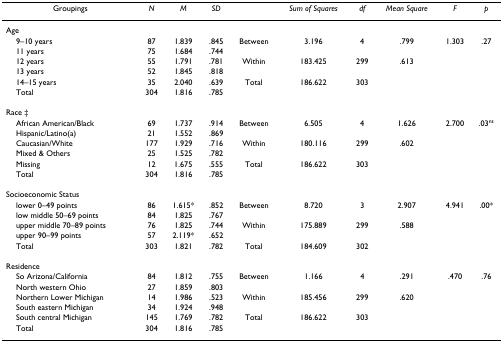
<table><thead><tr><td><b>Groupings</b></td><td><b><i>N</i></b></td><td><b><i>M</i></b></td><td><b><i>SD</i></b></td><td></td><td><b><i>Sum of Squares</i></b></td><td><b><i>df</i></b></td><td><b><i>Mean Square</i></b></td><td><b><i>F</i></b></td><td><b><i>p</i></b></td></tr></thead><tbody><tr><td>Age</td><td></td><td></td><td></td><td></td><td></td><td></td><td></td><td></td><td></td></tr><tr><td> 9–10 years</td><td>87</td><td>1.839</td><td>.845</td><td>Between</td><td>3.196</td><td>4</td><td>.799</td><td>1.303</td><td>.27</td></tr><tr><td> 11 years</td><td>75</td><td>1.684</td><td>.744</td><td></td><td></td><td></td><td></td><td></td><td></td></tr><tr><td> 12 years</td><td>55</td><td>1.791</td><td>.781</td><td>Within</td><td>183.425</td><td>299</td><td>.613</td><td></td><td></td></tr><tr><td> 13 years</td><td>52</td><td>1.845</td><td>.818</td><td></td><td></td><td></td><td></td><td></td><td></td></tr><tr><td> 14–15 years</td><td>35</td><td>2.040</td><td>.639</td><td>Total</td><td>186.622</td><td>303</td><td></td><td></td><td></td></tr><tr><td> Total</td><td>304</td><td>1.816</td><td>.785</td><td></td><td></td><td></td><td></td><td></td><td></td></tr><tr><td>Race ‡</td><td></td><td></td><td></td><td></td><td></td><td></td><td></td><td></td><td></td></tr><tr><td> African American/Black</td><td>69</td><td>1.737</td><td>.914</td><td>Between</td><td>6.505</td><td>4</td><td>1.626</td><td>2.700</td><td>.03<sup>ns</sup></td></tr><tr><td> Hispanic/Latino(a)</td><td>21</td><td>1.552</td><td>.869</td><td></td><td></td><td></td><td></td><td></td><td></td></tr><tr><td> Caucasian/White</td><td>177</td><td>1.929</td><td>.716</td><td>Within</td><td>180.116</td><td>299</td><td>.602</td><td></td><td></td></tr><tr><td> Mixed &amp; Others</td><td>25</td><td>1.525</td><td>.782</td><td></td><td></td><td></td><td></td><td></td><td></td></tr><tr><td> Missing</td><td>12</td><td>1.675</td><td>.555</td><td>Total</td><td>186.622</td><td>303</td><td></td><td></td><td></td></tr><tr><td> Total</td><td>304</td><td>1.816</td><td>.785</td><td></td><td></td><td></td><td></td><td></td><td></td></tr><tr><td>Socioeconomic Status</td><td></td><td></td><td></td><td></td><td></td><td></td><td></td><td></td><td></td></tr><tr><td> lower 0–49 points</td><td>86</td><td>1.615*</td><td>.852</td><td>Between</td><td>8.720</td><td>3</td><td>2.907</td><td>4.941</td><td>.00*</td></tr><tr><td> low middle 50–69 points</td><td>84</td><td>1.825</td><td>.767</td><td></td><td></td><td></td><td></td><td></td><td></td></tr><tr><td> upper middle 70–89 points</td><td>76</td><td>1.825</td><td>.744</td><td>Within</td><td>175.889</td><td>299</td><td>.588</td><td></td><td></td></tr><tr><td> upper 90–99 points</td><td>57</td><td>2.119*</td><td>.652</td><td></td><td></td><td></td><td></td><td></td><td></td></tr><tr><td> Total</td><td>303</td><td>1.821</td><td>.782</td><td>Total</td><td>184.609</td><td>302</td><td></td><td></td><td></td></tr><tr><td>Residence</td><td></td><td></td><td></td><td></td><td></td><td></td><td></td><td></td><td></td></tr><tr><td> So Arizona/California</td><td>84</td><td>1.812</td><td>.755</td><td>Between</td><td>1.166</td><td>4</td><td>.291</td><td>.470</td><td>.76</td></tr><tr><td> North western Ohio</td><td>27</td><td>1.859</td><td>.803</td><td></td><td></td><td></td><td></td><td></td><td></td></tr><tr><td> Northern Lower Michigan</td><td>14</td><td>1.986</td><td>.523</td><td>Within</td><td>185.456</td><td>299</td><td>.620</td><td></td><td></td></tr><tr><td> South eastern Michigan</td><td>34</td><td>1.924</td><td>.948</td><td></td><td></td><td></td><td></td><td></td><td></td></tr><tr><td> South central Michigan</td><td>145</td><td>1.769</td><td>.782</td><td>Total</td><td>186.622</td><td>303</td><td></td><td></td><td></td></tr><tr><td> Total</td><td>304</td><td>1.816</td><td>.785</td><td></td><td></td><td></td><td></td><td></td><td></td></tr></tbody></table>